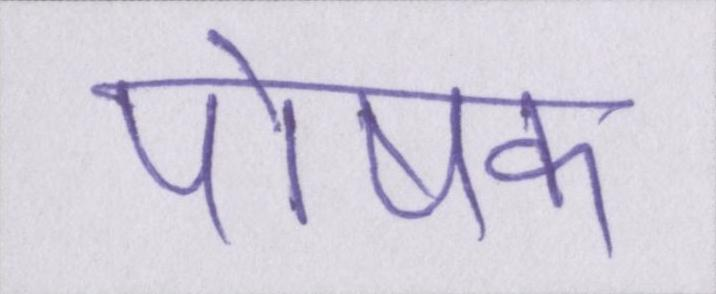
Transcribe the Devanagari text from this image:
पोषक